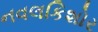
નવલકિશોર